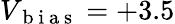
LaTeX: V_{\mathrm{~b~i~a~s~}}=+3.5